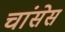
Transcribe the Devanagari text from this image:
चांसेस